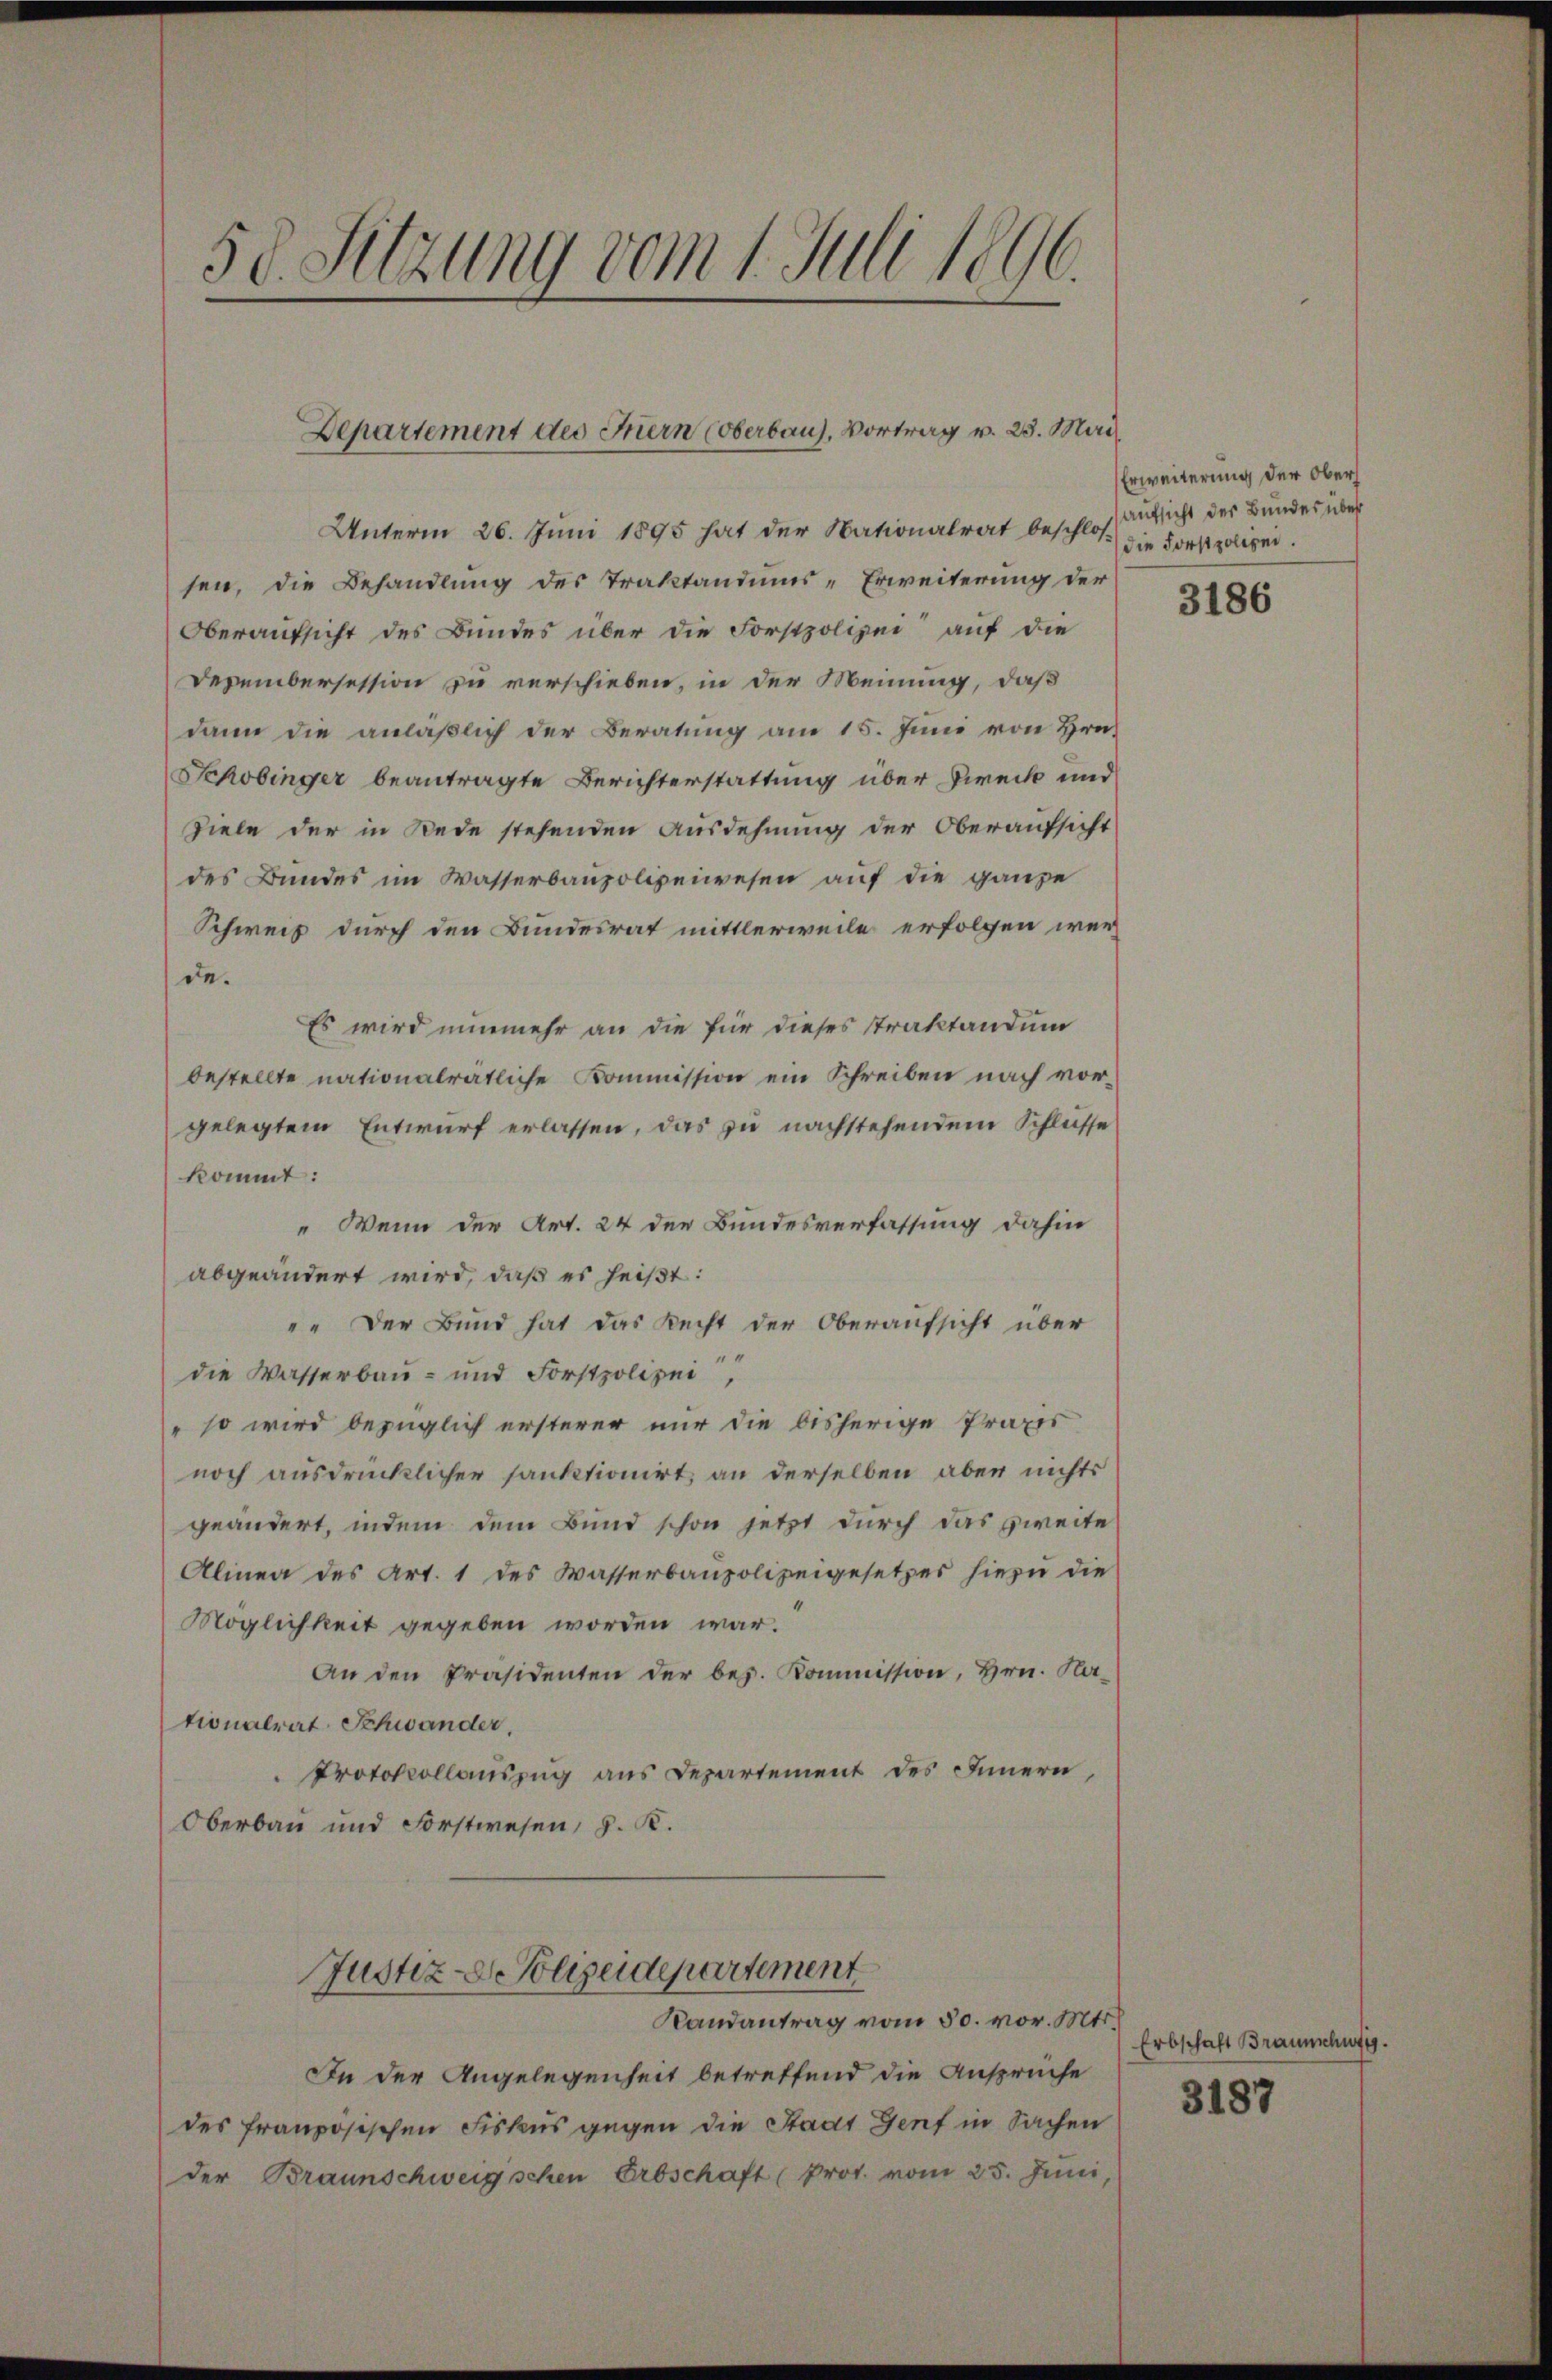
.
58. Sitzung vom 1. Juli 1896.

Departement des Fiern (Oberbaus, Vortrag v. 23. Mai

Unterm 26. Juni 1895 hat der Nationalrat beschloß die Forstpolegen.
sen, die Behandlung des Traktandums-Erweiterung der
Oberaufsicht des Bundes über die Forstpolizei auf die
Dezembersession zu verschieben, in der Meinung, daß
dann die anläßlich der Beratung am 15. Juni von Hrn.
Schobinger beantragte Berichterstattung über Direck und
Ziele der in Rede stehenden Ausdehnung der Oberaufsicht
des Bundes im Wasserbaupolizeiwesen auf die ganze
Schweiz durch den Bundesrat mittlerweile erfolgen wer
de.
Es wird nunmehr an die für dieses Traktandum
bestellte nationalratliche Kommission ein Schreiben nach vorgelegtem Entwurf erlassen, das zu nachstehendem Schlüsse
kommt:
" Wenn der Art. 24 der Bundesverfassung dahin
abgeändert wird, daß es heißt:
"" Der Bund hat das Recht der Oberaufsicht über
die Wasserbau- und Forstpolizei,
" so wird bezüglich ersterer nur die bisherige Praxis
noch ausdrücklicher sanktioniert, an derselben aber nichts
geändert, indem dem Bund schon jetzt durch das zweite
Alinea des Art. 1 des Wasserbaupolizeigesetzes hiezu die
Möglichkeit gegeben worden war.
An den Präsidenten der bez. Kommission, Hrn. Ka-
tionalrat Schwander,
Protokollauszug aus Departement des Innern,
Oberbau und Forstwesen, d. K.
Justiz-De Polizeidepartement
Randantrag vom 30. vor. Mts.
In der Angelegenheit betreffend die Anspruche
des französischen Fiskus gegen die Stadt Genf in Sachen
der Braunschweig schen Erbschaft (Prot. vom 25. Juni

Erweiterung der Ober¬
Aufsicht der Bundes über

3186

Erbschaft Braunschufig
3187